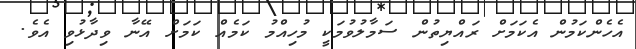
އެހެންކަމުން އެކަމަށް ރައްޔިތުން ސަމާލުވުމަކީ މުހިއްމު ކަމެއް ކަމަށް އޭނާ ވިދާޅުވި އެވެ.